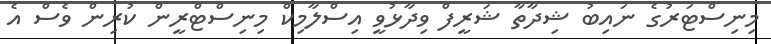
މިނިސްޓަރުގެ ނައިބު ޝިދާތާ ޝަރީފް ވިދާޅުވީ އިސްލާމިކް މިނިސްޓްރީން ކުރިން ވެސް އެ